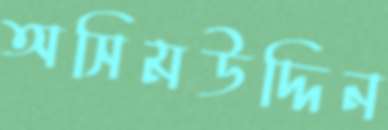
অসিমউদ্দিন